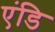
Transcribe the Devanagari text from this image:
एंडि